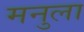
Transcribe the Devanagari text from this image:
मनुला